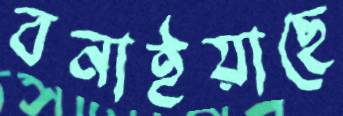
বনাইয়াছে